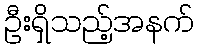
ဦးရှိသည့်အနက်